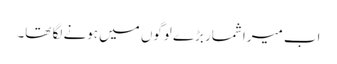
اب میرا شمار بڑے لوگوں میں ہونے لگا تھا۔